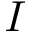
I